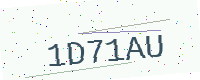
Text: 1D71AU